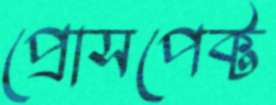
প্রোসপেক্ট